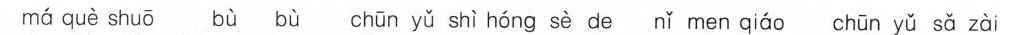
má què shuō bù bù chūn yǔ shì hóng sè de nǐ men qiáo chūn yǔ sǎ zài